Lunatic asylums United Provinces 1909-1921 - 1909-1921
Year: 1909
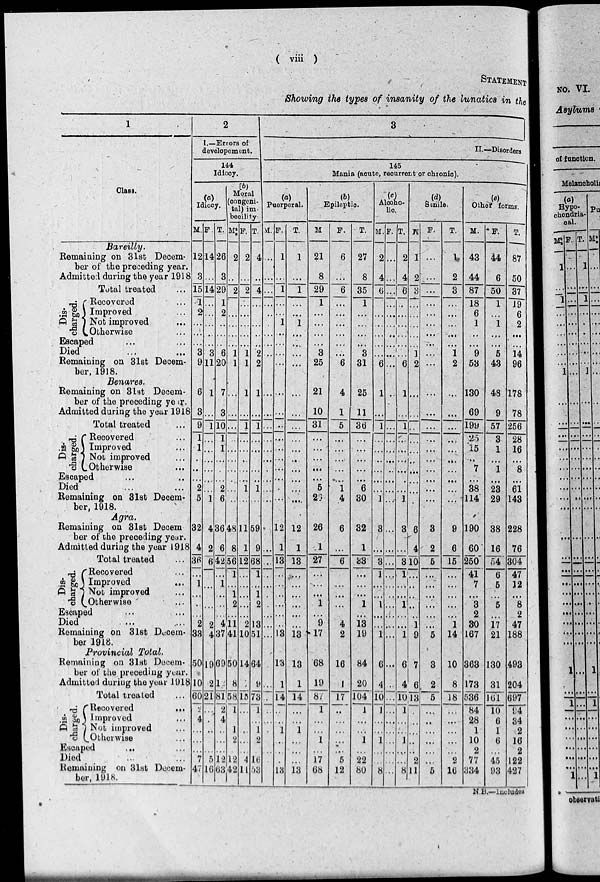
( viii )
STATEMENT
Showing the types of insanity of the lunatics in the
1
Class.
Bareilly.
Remaining on 31st Decem-
ber of the preceding year.
Admitted during the year 1918
Total treated ...
Dis-
charged.
Recovered ...
Improved ...
Not improved ...
Otherwis ...
Escaped ... ...
Died
Remaining on 31st Decem-
ber, 1918.
Benares.
Remaining on 31st Decem-
ber of the preceding year.
Admitted during the year 1918
Total treated
Dis-
charged.
Recovered ...
Improved ...
Not improved ...
Otherwise ...
Escaped ... ..
Died ... ...
Remaining on 31st Decem-
ber, 1918.
Agra.
Remaining on 31st Decem
ber of the preceding year.
Admitted during the year 1918
Total treated ...
Dis-
charged.
Recovered ...
Improved ...
Not improved ...
Otherwise ...
Escaped ... ...
Died ... ...
Remaining on 31st Decem-
ber 1918.
Provincial Total.
Remaining on 31st Decem-
ber of the preceding year.
Admitted during the year 1918
Total treated ...
Dis-
charged.
Recovered
...
Improvod ...
Not improved ...
Otherwise ...
Escaped ... ...
Died ... ...
Remaining on 31st Decem-
ber. 1918.
2
I.—Errors of
developement.
144
Idiocy.
(a)
Idiocy.
M.
12
3
15
1
2
...
...
...
3
9
6
3
9
1
1
.
..
...
2
5
32
4
36
...
1
...
...
...
2
33
50
10
60
2
4
...
...
...
7
47
F.
14
...
14
...
...
...
...
...
3
11
1
...
1
...
...
...
...
...
...
1
4
2
6
...
...
...
...
2
4
19
2
21
...
...
...
...
...
5
16
T.
26
3
29
1
2
...
...
...
6
20
7
3
10
1
1
...
...
...
2
6
36
6
42
...
1
...
...
...
4
37
69
1
81
2
4
...
...
...
12
63
(b)
Moral
(congeni-
tal) im-
-ecility.
M
2
...
2
...
...
...
...
...
1
1
...
...
...
..
...
...
...
...
...
...
48
8
56
1
...
1
2
...
11
41
50
8
58
1
...
1
2
12
42
F.
2
...
2
...
...
...
...
...
1
1
1
...
1
...
...
...
...
...
1
...
11
1
12
...
...
...
...
...
2
10
14
15
...
...
..
...
...
4
11
T.
4
...
4
...
...
...
...
...
2
2
1
...
1
...
...
...
...
1
...
59
9
68
1
...
1
2
...
13
51
64
9
73
1
...
1
2
...
16
53
3
II.—Disorders
145
Mania (acute, recurrent or chronic).
(a)
Puerperal.
M.
...
...
...
...
...
...
...
...
...
...
...
...
...
...
...
...
...
...
...
...
...
...
...
...
...
...
...
...
...
...
..
...
...
...
...
...
...
...
F.
1
...
1
...
...
1
...
...
...
...
...
...
..
...
...
...
...
...
...
...
12
1
13
...
...
...
...
...
...
13
13
1
14
...
...
1
...
...
...
13
T.
1
...
1
...
...
1
...
...
...
...
...
...
...
...
...
...
...
...
...
...
12
1
13
...
...
...
...
...
...
13
13
1
14
...
...
1
...
...
13
(b)
Epileptic.
M
21
8
29
1
...
...
...
...
3
25
21
10
31
...
...
...
...
...
5
26
26
1
27
...
...
...
1
...
9
17
68
19
8
1
...
...
1
...
17
68
F.
6
...
6
...
...
...
...
...
...
6
4
1
5
...
...
...
...
...
1
4
6
...
6
...
...
...
...
...
4
2
16
1
17
..
...
...
...
...
5
12
T.
27
8
35
1
...
...
...
...
3
31
25
11
36
...
...
...
...
...
6
30
32
1
33
...
...
...
1
...
13
19
84
20
104
1
...
...
1
...
22
80
(c)
Alcoho-
lic.
M.
2
4
6
...
...
...
...
...
...
6
1
...
1
...
...
..
...
...
...
1
3
...
3
1
...
...
1
...
...
1
6
4
10
1
...
...
1
...
...
8
F.
...
...
...
...
...
...
...
...
...
...
..
...
...
...
...
...
...
...
...
...
...
...
...
...
...
...
...
...
...
...
...
.
...
...
...
...
...
...
...
...
T.
2
4
6
...
...
...
...
...
...
6
1
...
1
...
...
...
...
...
...
1
3
...
3
1
..
...
1
...
...
1
6
4
10
1
...
...
1
...
...
8
(d)
Senile.
M.
1
2
3
...
...
...
...
...
1
2
...
...
..
...
...
...
...
...
...
...
6
4
10
...
...
...
...
...
1
9
7
6
13
.
...
...
..
...
2
11
F.
...
...
...
...
...
...
...
...
...
...
...
...
...
...
...
...
...
...
...
...
3
2
5
...
...
...
...
...
...
5
3
2
5
...
...
...
...
...
...
5
T.
1
2
3
...
...
...
..
...
1
2
...
...
...
...
...
...
...
...
...
...
9
6
15
...
...
...
...
...
1
14
10
8
18
...
...
...
...
...
2
16
(e)
Other forms.
M.
43
44
87
18
6
1
...
...
9
53
130
69
199
25
15
...
7
...
38
114
190
60
250
41
7
...
3
2
30
167
363
173
536
84
28
1
10
2
77
334
F.
44
6
50
1
...
1
...
...
5
43
48
9
57
3
1
...
1
...
23
29
38
16
54
6
5
...
5
...
17
21
130
31
161
10
6
1
6
...
45
93
T.
87
50
37
19
6
2
...
...
14
96
178
78
256
28
16
...
8
...
61
143
228
76
304
47
12
...
8
2
47
188
493
204
697
94
34
2
16
2
122
427
N.B.—lncludes